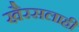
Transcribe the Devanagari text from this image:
खै़रसलाही